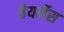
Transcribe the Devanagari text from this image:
वेयर्नेस